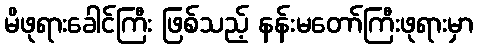
မိဖုရားခေါင်ကြီး ဖြစ်သည့် နန်းမတော်ကြီးဖုရားမှာ